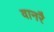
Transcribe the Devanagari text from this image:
वानरै